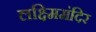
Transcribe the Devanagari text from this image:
लक्ष्मिमंदिर